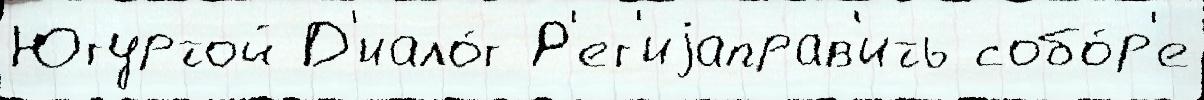
Югуртой Д'иало́г Р'ег'иjаправ'ить собо́р'е